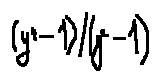
( y ^ { 4 } - 1 ) / ( y ^ { 2 } - 1 )